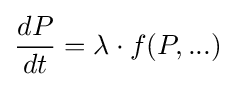
{\frac {dP}{dt}}=\lambda \cdot f(P,...)